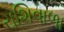
રાશિવાળા